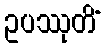
ဥပဿုတိံ